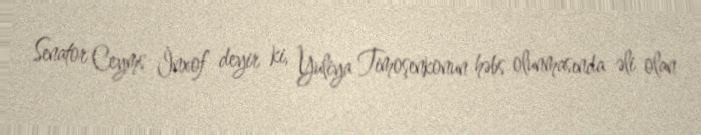
Senator Ceyms İnxof deyir ki, Yuliya Timoşenkonun həbs olunmasında əli olan